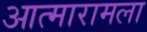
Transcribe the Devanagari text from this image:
आत्मारामला